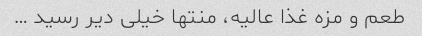
طعم و مزه غذا عالیه، منتها خیلی دیر رسید …